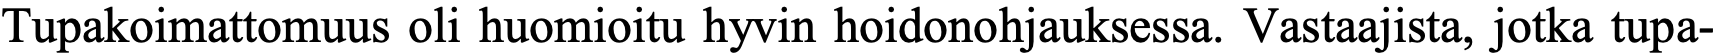
Tupakoimattomuus oli huomioitu hyvin hoidonohjauksessa. Vastaajista, jotka tupa-